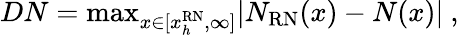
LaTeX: DN=\mathrm{max}_{x\in[x_{h}^{\mathrm{RN}},\infty]}\vert N_{\mathrm{RN}}(x)-N(x)\vert\ ,